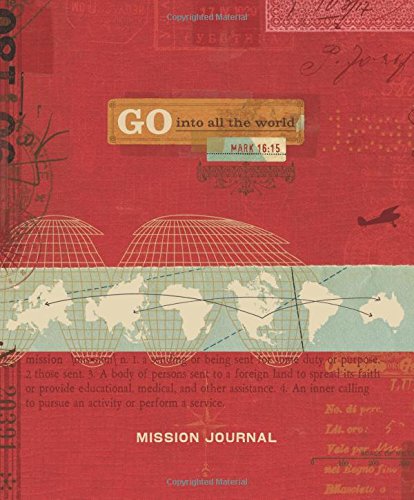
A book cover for Go Into All the World Mission Journal (Specialty Journal); Ellie Claire; Self-Help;